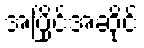
အပြိုင်အဆိုင်